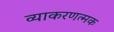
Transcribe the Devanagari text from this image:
व्याकरणत्मक